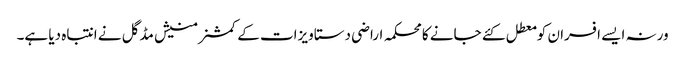
ورنہ ایسے افسران کو معطل کئے جانے کا محکمہ اراضی دستاویزات کے کمشنر منیش مڈگل نے انتباہ دیا ہے۔